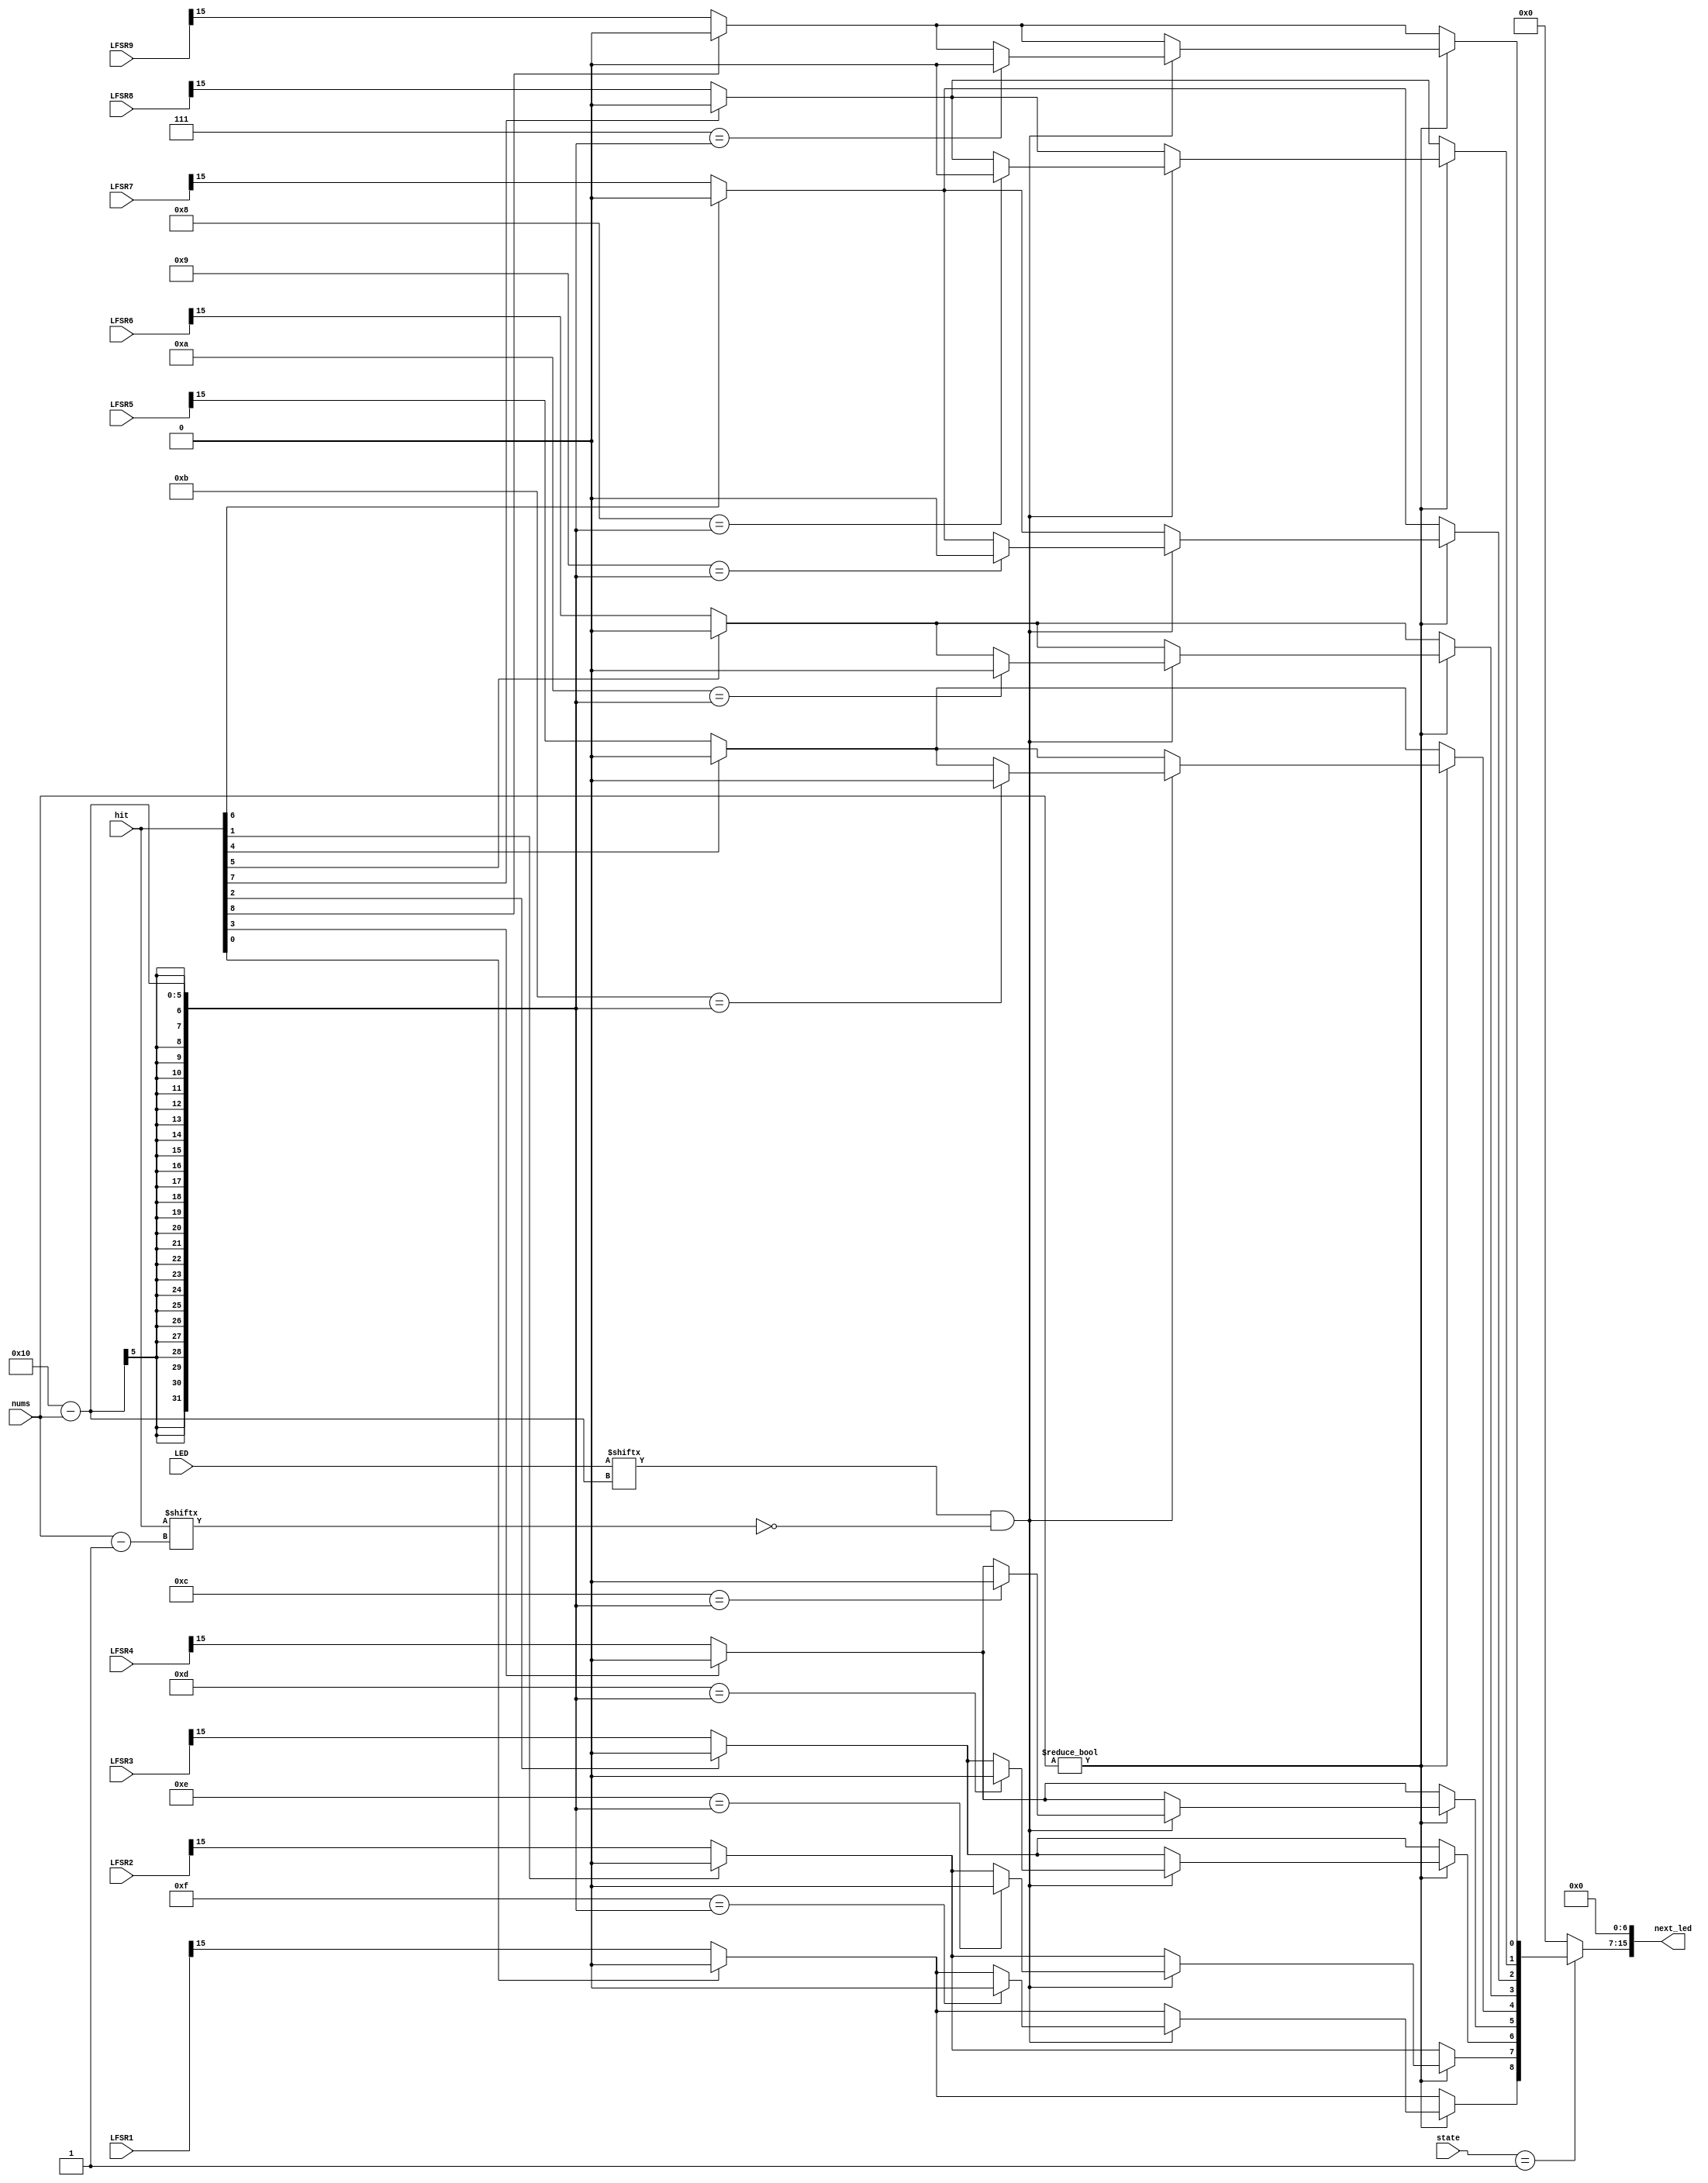
module LEDHandler(
    input [1:0] state,
    input [8:0] hit,
    input [15:0] LED,
    input [3:0] nums,
    input [15:0] LFSR1,
    input [15:0] LFSR2,
    input [15:0] LFSR3,
    input [15:0] LFSR4,
    input [15:0] LFSR5,
    input [15:0] LFSR6,
    input [15:0] LFSR7,
    input [15:0] LFSR8,
    input [15:0] LFSR9,
    output reg [15:0] next_led
);
    parameter FINAL = 2'b10;
    parameter GAME = 2'b01;
    parameter INITIAL = 2'b00;

    reg [15:0] LFSR [8:0];

    always @(*) begin
        LFSR[0] = LFSR1;
        LFSR[1] = LFSR2;
        LFSR[2] = LFSR3;
        LFSR[3] = LFSR4;
        LFSR[4] = LFSR5;
        LFSR[5] = LFSR6;
        LFSR[6] = LFSR7;
        LFSR[7] = LFSR8;
        LFSR[8] = LFSR9;
    end

    integer j;
    always @(*) begin
        case (state)
            GAME:begin
                for (j=0;j<7;j=j+1) begin next_led[j] = 0; end
                if(nums)begin
                    if( LED[16-nums] && !hit[nums-1])begin
                        for (j=7;j<16;j=j+1) begin
                            if(j==(16-nums)) next_led[j] = 0;
                            else if(hit[15-j]) next_led[j] = 0;
                            else next_led[j] = LFSR[15-j][15];
                        end
                    end
                    else begin
                        for (j=7;j<16;j=j+1) begin
                            if(hit[15-j]) next_led[j] = 0;
                            else next_led[j] = LFSR[15-j][15];
                        end
                    end
                end else begin
                    for (j=7;j<16;j=j+1) begin
                        if(hit[15-j]) next_led[j] = 0;
                        else next_led[j] = LFSR[15-j][15];
                    end
                end
            end
            default: next_led = 16'b0;
        endcase   
    end
endmodule